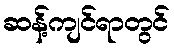
ဆန့်ကျင်ရာတွင်